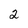
Character: 2